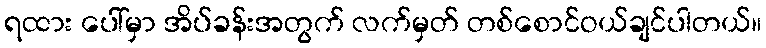
ရထား ပေါ်မှာ အိပ်ခန်းအတွက် လက်မှတ် တစ်စောင်ဝယ်ချင်ပါတယ်။